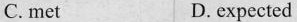
C. met D.expected